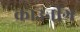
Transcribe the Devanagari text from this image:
क्राउनींग